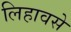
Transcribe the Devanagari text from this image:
लिहावसे